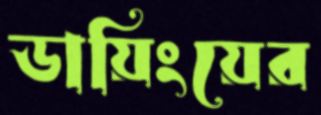
ডায়িংয়ের